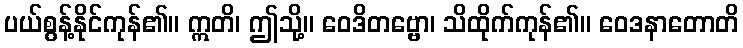
ပယ်စွန့်နိုင်ကုန်၏။ ဣတိ၊ ဤသို့။ ဝေဒိတဗ္ဗော၊ သိထိုက်ကုန်၏။ ဝေဒနာတောတိ